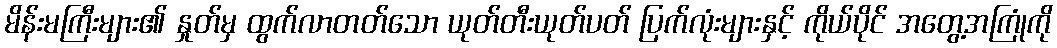
မိန်းမကြီးများ၏ နှုတ်မှ ထွက်လာတတ်သော ယုတ်တီးယုတ်ပတ် ပြက်လုံးများနှင့် ကိုယ်ပိုင် အတွေ့အကြုံကို